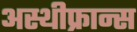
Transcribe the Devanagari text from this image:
अस्थीफ्रान्स